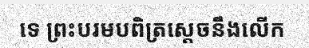
ទេ ព្រះបរមបពិត្រស្តេចនឹងលើក